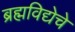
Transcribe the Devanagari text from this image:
ब्रह्मविद्येचे